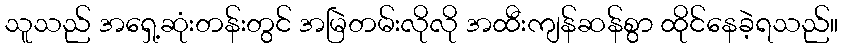
သူသည် အရှေ့ဆုံးတန်းတွင် အမြဲတမ်းလိုလို အထီးကျန်ဆန်စွာ ထိုင်နေခဲ့ရသည်။